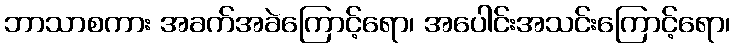
ဘာသာစကား အခက်အခဲကြောင့်ရော၊ အပေါင်းအသင်းကြောင့်ရော၊